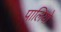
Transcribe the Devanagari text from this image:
पालियो